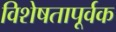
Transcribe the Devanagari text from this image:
विशेषतापूर्वक